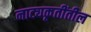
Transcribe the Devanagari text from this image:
नाट्यकृतींतील